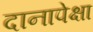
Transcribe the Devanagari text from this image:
दानापेक्षा